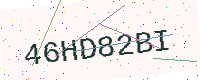
Text: 46HD82BI